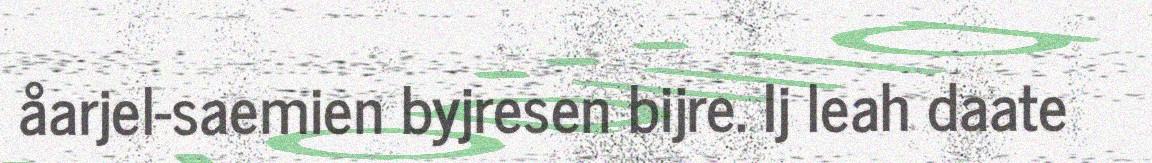
åarjel-saemien byjresen bijre. Ij leah daate